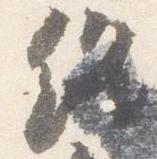
終